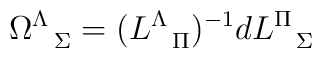
\Omega^{\Lambda}_{\ \ \Sigma}=(L^{\Lambda}_{\ \ \Pi})^{-1}dL^{\Pi}_{\ \ \Sigma}